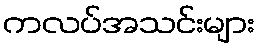
ကလပ်အသင်းများ